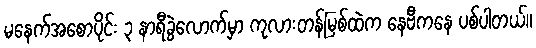
မနေက်အစောပိုင်း ၃ နာရီခွဲလောက်မှာ ကုလားတန်မြစ်ထဲက နေဗီကနေ ပစ်ပါတယ်။